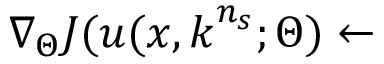
\nabla _ { \Theta } J ( u ( \boldsymbol { x } , \boldsymbol { k } ^ { n _ { s } } ; \Theta ) \leftarrow